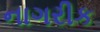
નાગરીક